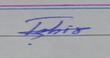
Signature authenticity: genuine